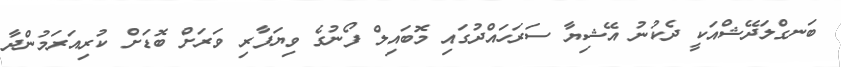
ބަނގްލަދޭޝްއަކީ ދެކުނު އޭޝިޔާ ސަރަހައްދުގައި މޮބައިލް ފޯނުގެ ވިޔަފާރި ވަރަށް ބޮޑަށް ކުރިއަރަމުންދާ